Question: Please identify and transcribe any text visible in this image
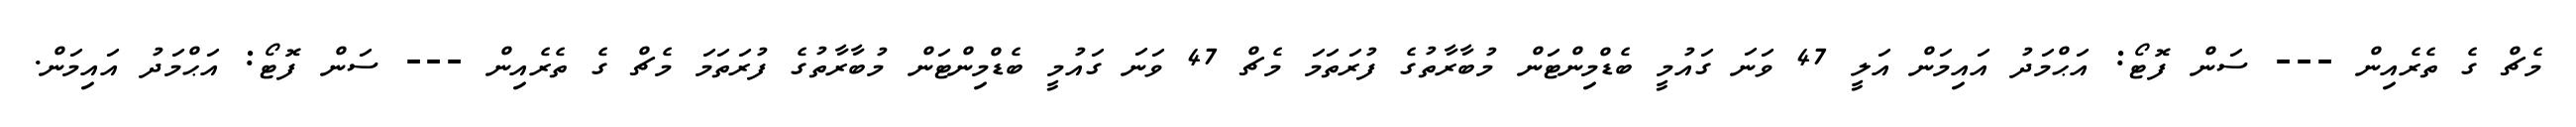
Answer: މެޗް ގެ ތެރެއިން --- ސަން ފޮޓޯ: އަޙްމަދު އައިމަން އަލީ 47 ވަނަ ގައުމީ ބެޑްމިންޓަން މުބާރާތުގެ ފުރަތަމަ މެޗް 47 ވަނަ ގައުމީ ބެޑްމިންޓަން މުބާރާތުގެ ފުރަތަމަ މެޗް ގެ ތެރެއިން --- ސަން ފޮޓޯ: އަޙްމަދު އައިމަން.